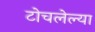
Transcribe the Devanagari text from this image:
टोचलेल्या